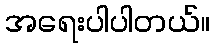
အရေးပါပါတယ်။